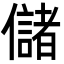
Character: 儲